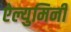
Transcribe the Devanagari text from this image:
ऐल्युमिनी